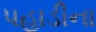
પહાડીના